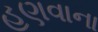
હણવાના